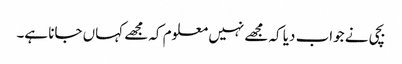
بچی نے جواب دیا کہ مجھے نہیں معلوم کہ مجھے کہاں جانا ہے۔